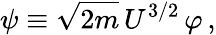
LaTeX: \psi\equiv\sqrt{2m}\, U^{3/2}\, \varphi\, ,